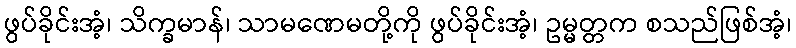
ဖွပ်ခိုင်းအံ့၊ သိက္ခမာန်၊ သာမဏေမတို့ကို ဖွပ်ခိုင်းအံ့၊ ဥမ္မတ္တက စသည်ဖြစ်အံ့၊